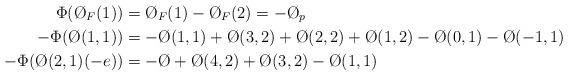
LaTeX: \begin{align*}\Phi(\O_F(1)) &= \O_F(1) - \O_F(2) = -\O_p \\-\Phi(\O(1,1)) &= -\O(1,1) + \O(3,2) + \O(2,2) + \O(1,2) - \O(0,1) - \O(-1,1) \\-\Phi(\O(2,1)(-e)) &= -\O + \O(4,2) + \O(3,2) - \O(1,1)\end{align*}